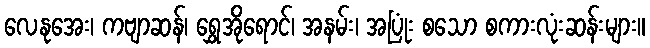
လေနုအေး၊ ကဗျာဆန်၊ ရွှေအိုရောင်၊ အနမ်း၊ အပြုံး စသော စကားလုံးဆန်းများ။